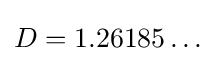
D=1.26185\ldots